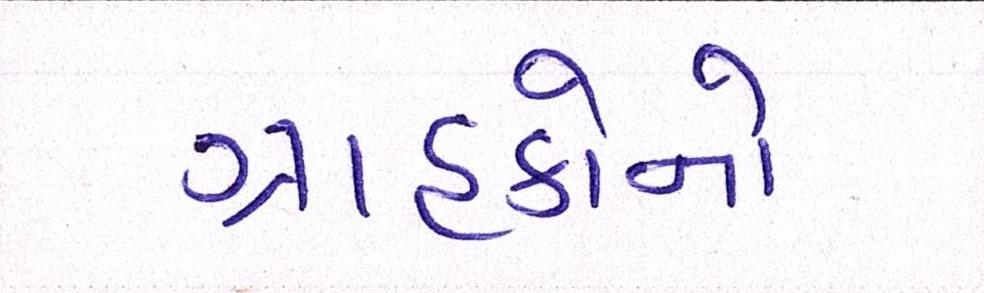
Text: ગ્રાહકોનો